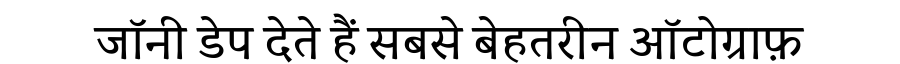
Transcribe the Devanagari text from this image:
जॉनी डेप देते हैं सबसे बेहतरीन ऑटोग्राफ़